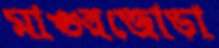
মাগুরজোড়া